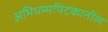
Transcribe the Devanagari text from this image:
अभिधम्मपिटकातील